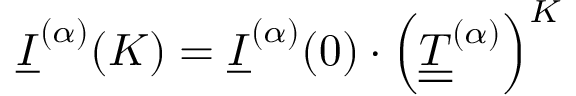
\underline { { I } } ^ { ( \alpha ) } ( K ) = \underline { { I } } ^ { ( \alpha ) } ( 0 ) \cdot \Big ( \underline { { \underline { { T } } } } ^ { ( \alpha ) } \Big ) ^ { K }